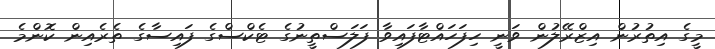
މީގެ އިތުރުން އިޒްރޭލުން ވަނީ ހިފަހައްޓާފައިވާ ފަލަސްތީނުގެ ޓެކްސްގެ ފައިސާގެ ތެރެއިން ކޮންމެ